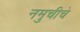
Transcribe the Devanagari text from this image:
नमुचीचे